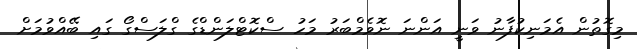
މިގޮތުން އެމަނިކުފާނު ވަނީ އަންނަ ނޮވެމްބަރު މަހު ސްކޮޓްލަންޑްގެ ގްލަސްގޯ ގައި ބޭއްވުމަށް